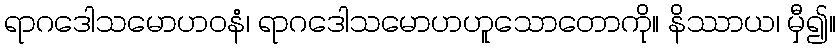
ရာဂဒေါသမောဟဝနံ၊ ရာဂဒေါသမောဟဟူသောတောကို။ နိဿာယ၊ မှီ၍။